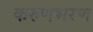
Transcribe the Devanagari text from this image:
करुणभरण